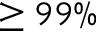
\geq 9 9 \%